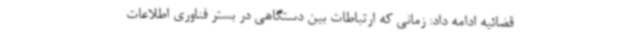
قضائیه ادامه داد: زمانی که ارتباطات بین دستگاهی در بستر فناوری اطلاعات